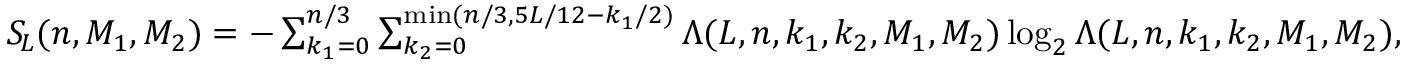
\begin{array} { r } { S _ { \! L } ( n , M _ { 1 } , M _ { 2 } ) = - \sum _ { k _ { 1 } = 0 } ^ { n / 3 } \sum _ { k _ { 2 } = 0 } ^ { \operatorname* { m i n } ( n / 3 , 5 L / 1 2 - k _ { 1 } / 2 ) } \Lambda ( L , n , k _ { 1 } , k _ { 2 } , M _ { 1 } , M _ { 2 } ) \log _ { 2 } \Lambda ( L , n , k _ { 1 } , k _ { 2 } , M _ { 1 } , M _ { 2 } ) , } \end{array}